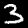
Digit: 3